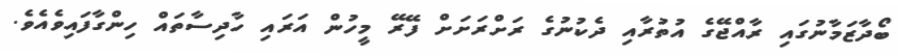
ބޯދާޒަމާނުގައި ރާއްޖޭގެ އުތުރާއި ދެކުުނުގެ ރަށްރަށަށް ފޭރޭ މީހުން އަރައި ހާދިސާތައް ހިންގާފައިވެއެވެ.